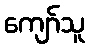
ကျော်သူ